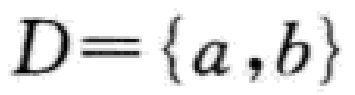
$D = \{a,b\}$